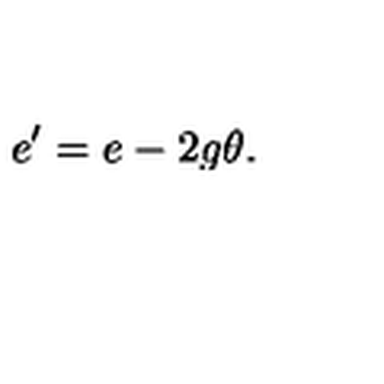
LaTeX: e ^ { \prime } = e - 2 g \theta .